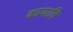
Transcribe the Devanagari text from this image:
कायादि